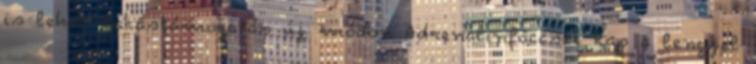
is lehet: lakástámogatás új módon Adrenalinföccsöt kap a lengyel